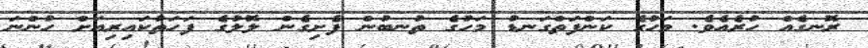
ރޮނގެއް ހުރެއެވެ. މަހުގެ ކަންފަތްގަނޑު މަހުގެ ތުނބުން ފެށިގެން ލޮލުގެ ފަހަތުކައިރިއަށް ހުންނަ